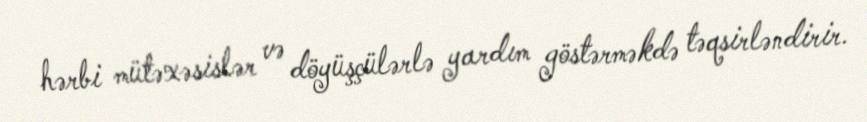
hərbi mütəxəsislər və döyüşçülərlə yardım göstərməkdə təqsirləndirir.